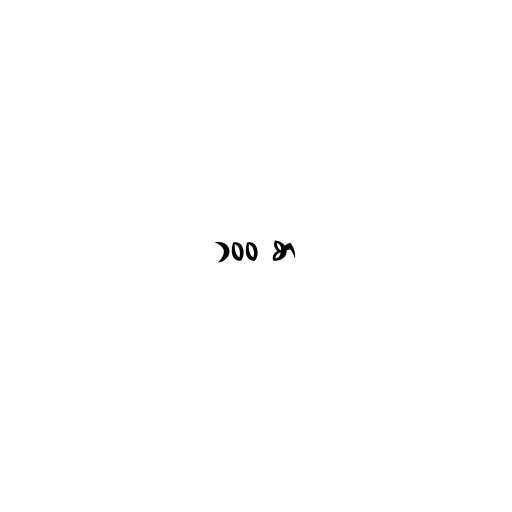
၁၀၀ စာ